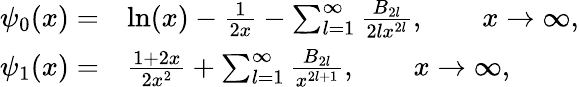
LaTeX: \begin{array}{rl}{\psi_{0}(x)=}&{\ln(x)-\frac{1}{2x}-\sum_{l=1}^{\infty}\frac{B_{2l}}{2lx^{2l}},\qquad x\to\infty,}\\ {\psi_{1}(x)=}&{\frac{1+2x}{2x^{2}}+\sum_{l=1}^{\infty}\frac{B_{2l}}{x^{2l+1}},\qquad x\to\infty,}\end{array}